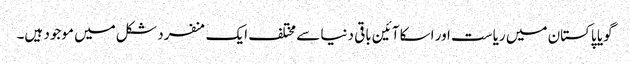
گویا پاکستان میں ریاست اور اسکا آئین باقی دنیا سے مختلف ایک منفرد شکل میں موجود ہیں۔